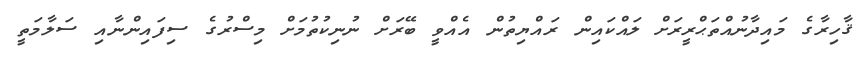
ޤާހިރާގެ މައިދާނުއްތަޙްރީރަށް ލައްކައިން ރައްޔިތުން އެއްވީ ބޭރަށް ނުނިކުތުމަށް މިސްރުގެ ސިފައިންނާއި ސަލާމަތީ